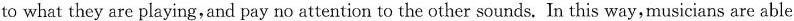
to what they are playing,and pay no attention to the other sounds. In this way,musicians are able